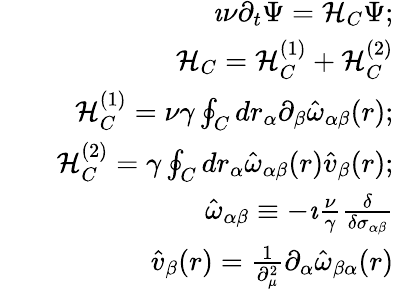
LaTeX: \begin{array}{rlr}&{}&{\imath\nu\partial_{t}\Psi={\cal H}_{C}\Psi;}\\ &{}&{{\cal H}_{C}={\cal H}_{C}^{(1)}+{\cal H}_{C}^{(2)}}\\ &{}&{{\cal H}_{C}^{(1)}=\nu\gamma\oint_{C}dr_{\alpha}\partial_{\beta}\hat{\omega}_{\alpha\beta}(r);}\\ &{}&{{\cal H}_{C}^{(2)}=\gamma\oint_{C}dr_{\alpha}\hat{\omega}_{\alpha\beta}(r)\hat{v}_{\beta}(r);}\\ &{}&{\hat{\omega}_{\alpha\beta}\equiv-\imath\frac{\nu}{\gamma}\frac{\delta}{\delta\sigma_{\alpha\beta}}}\\ &{}&{\hat{v}_{\beta}(r)=\frac{1}{\partial_{\mu}^{2}}\partial_{\alpha}\hat{\omega}_{\beta\alpha}(r)}\end{array}